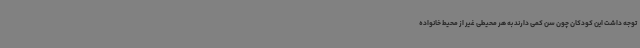
توجه داشت این کودکان چون سن کمی دارند به هر محیطی غیر از محیط خانواده